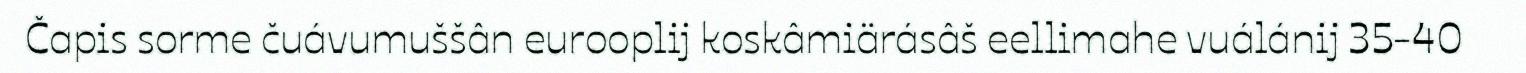
Čapis sorme čuávumuššân eurooplij koskâmiärásâš eellimahe vuálánij 35-40